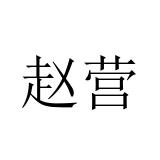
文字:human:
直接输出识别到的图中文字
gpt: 赵营